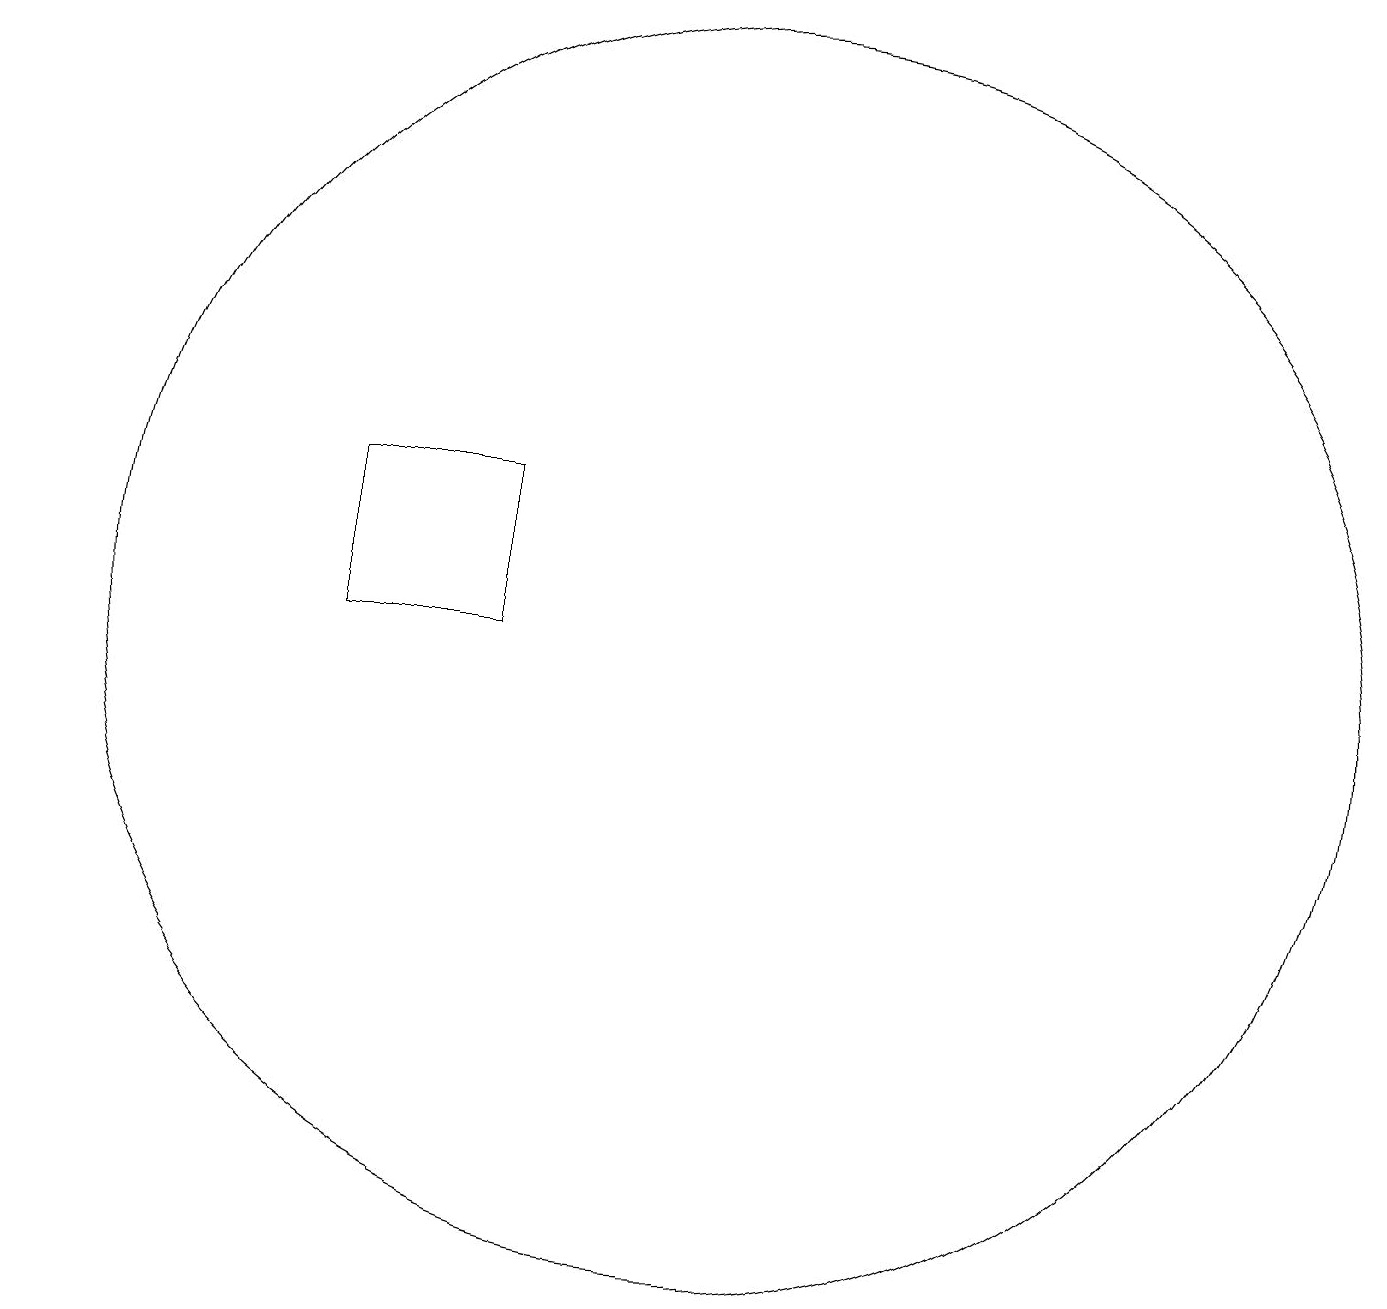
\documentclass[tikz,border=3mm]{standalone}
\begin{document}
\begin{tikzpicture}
\draw[->] (3,19) -- (5,19);
\draw (12,11) circle (8);
\draw (9,11) rectangle (7,13);
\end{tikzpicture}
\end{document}